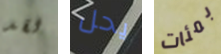
لقد يحل بمئات